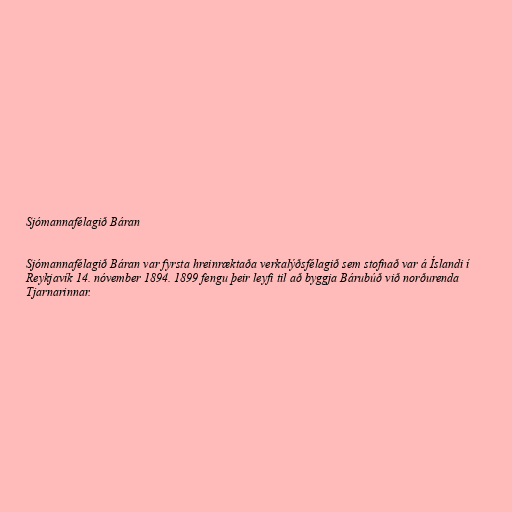
Sjómannafélagið Báran

Sjómannafélagið Báran var fyrsta hreinræktaða verkalýðsfélagið sem stofnað var á Íslandi í
Reykjavík 14. nóvember 1894. 1899 fengu þeir leyfi til að byggja Bárubúð við norðurenda
Tjarnarinnar.